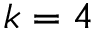
k = 4